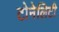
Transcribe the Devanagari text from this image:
टोनेलिटी